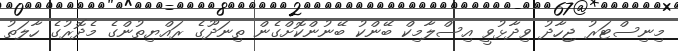
މިނިސްޓަރު ޖިހާދު ވިދާޅުވީ އިސްލާމިކް ބޭންކު ބޭނުންކޮށްގެން ތިނަދޫގެ ރައްޔިތުންގެ މެދޮރުގެ ހާލަތު